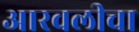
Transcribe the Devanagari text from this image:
आरवलीचा